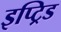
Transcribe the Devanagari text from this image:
इप्ट्रिड